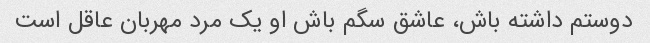
دوستم داشته باش، عاشق سگم باش او یک مرد مهربان عاقل است